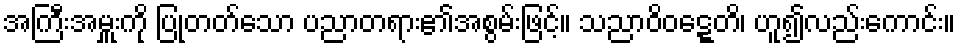
အကြီးအမှူးကို ပြုတတ်သော ပညာတရား၏အစွမ်းဖြင့်။ သညာဝိဝဋ္ဋေတိ၊ ဟူ၍လည်းကောင်း။